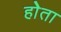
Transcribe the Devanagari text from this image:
होेता